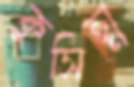
কুসিত্ম